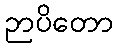
ဉာပိတော